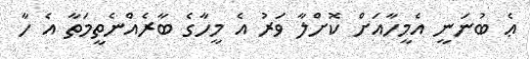
ޢެ ބުނަނީ އެމީހާއަށް ކޮށްލާ ވަރު އެ މީހާގެ ބާރެއްނެތީމަތާ އެ ހާ